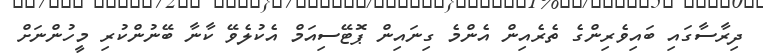
ދިރާސާގައި ބައިވެރިންގެ ތެރެއިން އެންމެ ގިނައިން ޕޮޓޭސިއަމް އެކުލެވޭ ކާނާ ބޭނުންކުރި މީހުންނަށް